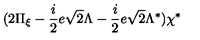
( 2 \Pi _ { \xi } - \frac { i } { 2 } e \sqrt { 2 } \Lambda - \frac { i } { 2 } e \sqrt { 2 } \Lambda ^ { * } ) \chi ^ { * }